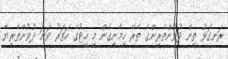
ރަނގަޅު ތިން ދުވުންތެރިންގެ ތެރޭ ހިމެނިގެން މި ހީޓުގެ ހަތަރު ވަނަ ދުވުންތެރިޔާ